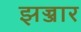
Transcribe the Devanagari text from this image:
झज्जार